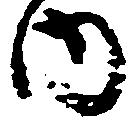
内